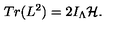
T r ( L ^ { 2 } ) = 2 I _ { \Lambda } { \cal H } .